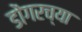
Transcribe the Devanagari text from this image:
डोंगरच्या